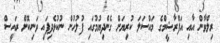
ރިލްވާން އާއި އަފްރާޝީމްގެ މައްސަލަ ކުރިޔަށް ގެންދިޔުމުގައި ފުލުހުން ނުކުޅެދިފައި ވަނިކޮށް ރައީސް